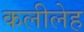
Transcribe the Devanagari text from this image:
कलीलेह